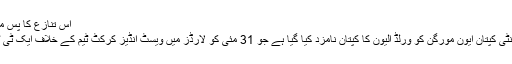
اس تنازع کا پس منظر یہ ہے کہ…
انگلینڈ کے ٹی ٹوئنٹی کپتان ایون مورگن کو ورلڈ الیون کا کپتان نامزد کیا گیا ہے جو 31 مئی کو لارڈز میں ویسٹ انڈیز کرکٹ ٹیم کے خلاف ایک ٹی ٹوئنٹی کھیلے گی۔